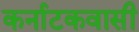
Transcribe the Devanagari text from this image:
कर्नाटकवासी